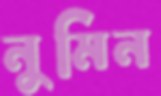
নুমিন